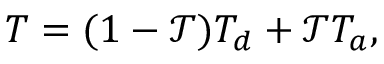
T = ( 1 - \mathcal { T } ) T _ { d } + \mathcal { T } T _ { a } ,